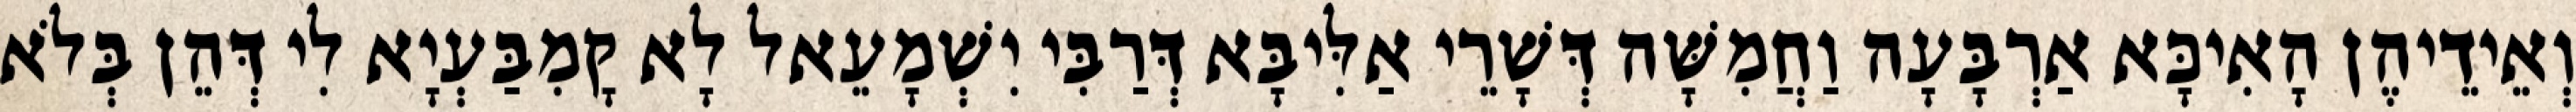
וְאֵידֵיהֶן הָאִיכָּא אַרְבָּעָה וַחֲמִשָּׁה דְּשָׁרֵי אַלִּיבָּא דְּרַבִּי יִשְׁמָעֵאל לָא קָמִבַּעְיָא לִי דְּהֵן בְּלֹא